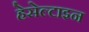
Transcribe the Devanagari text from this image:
हेसेल्टाइन